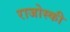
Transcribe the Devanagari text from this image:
राजोस्की